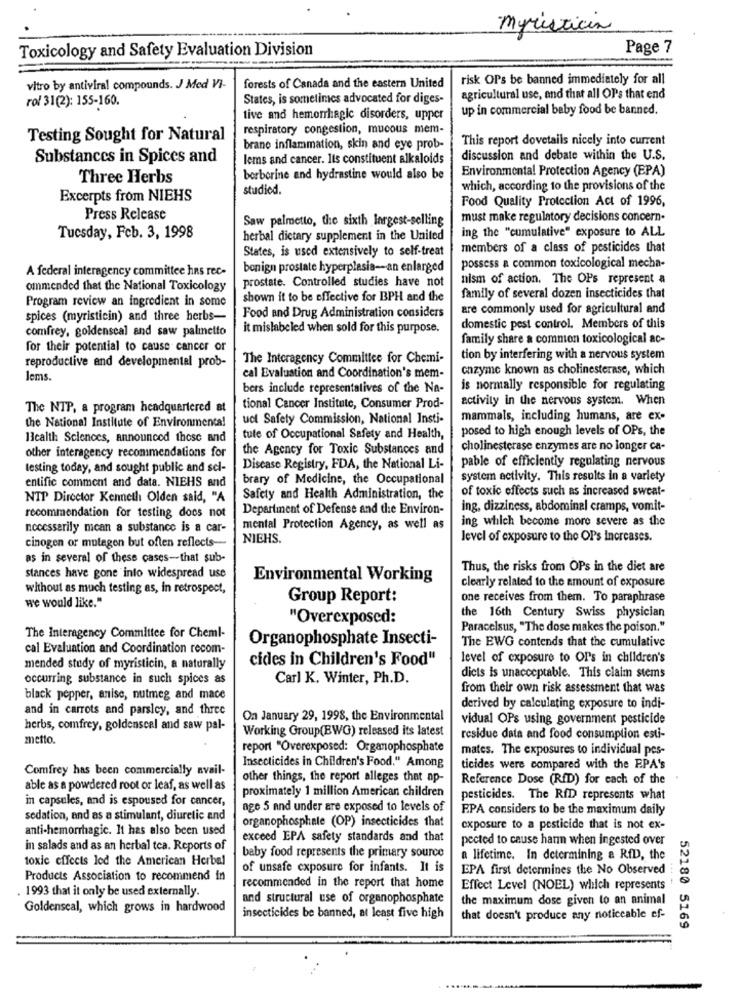
Myristica
Toxicology and Safety Evaluation Division
Page 7
risk OPs be banned immediately for all
vitro by antiviral compounds. J Med Vi-
forests of Canada and the eastern United
rol 31(2): 155-160.
States, is sometimes advocated for diges-
agricultural use, and that all OPs that end
up in commercial baby food be banned.
tive and hemorrhagic disorders, upper
respiratory congestion, mucous mem-
Testing Sought for Natural
This report dovetails nicely into current
brano inflammation, skin and eye prob-
Substances in Spices and
lems and cancer. Its constituent alkaloids
discussion and debate within the U.S.
Environmental Protection Agency (EPA)
Three Herbs
berberine and hydrastine would also be
studied.
which, according to the provisions of the
Excerpts from NIEHS
Food Quality Protection Act of 1996,
Press Release
Saw palmetto, the sixth largest-selling
must make regulatory decisions concern-
ing the "cumulative" exposure to ALL
Tuesday, Feb. 3, 1998
herbal dietary supplement in the United
States, is used extensively to self-treat
members of a class of pesticides that
A federal interagency committee has rec-
bonign prostate hyperplasia -- an enlarged
possess a common toxicological mecha-
prostate. Controlled studies have not
nism of action. The OPs represent a
ommended that the National Toxicology
Program review an ingredient in some
shown it to be effective for BPH and the
family of several dozen insecticides that
are commonly used for agricultural and
spices (myristicin) and three herbs-
Food and Drug Administration considers
comfrey, goldenseal and saw palmetto
it mislabeled when sold for this purpose.
domestic pest control. Members of this
family share a common toxicological ac-
for their potential to cause cancer or
reproductive and developmental prob-
The Interagency Committee for Chemi-
tion by interfering with a nervous system
enzyme known as cholinesterase, which
Jems.
cal Evaluation and Coordination's mem-
bers include representatives of the Na-
is normally responsible for regulating
activity in the nervous system. When
The NTP, a program headquartered at
tional Cancer Institute, Consumer Prod-
uct Safety Commission, National Insti-
mammals, including humans, are ex-
the National Institute of Environmental
posed to high enough levels of OPs, the
Health Sciences, announced these and
tute of Occupational Safety and Health,
other interagency recommendations for
the Agency for Toxic Substances and
cholinesterase enzymes are no longer ca-
testing today, and sought public and sel-
Disease Registry, FDA, the National Li-
pable of efficiently regulating nervous
entific comment and data. NIEHS and
brary of Medicine, the Occupational
system activity. This results in a variety
of toxic effects such as increased sweat-
NTP Director Kenneth Olden said, "A
Safety and Health Administration, the
Department of Defense and the Environ-
ing, dizziness, abdominal cramps, vomit-
recommendation for testing does not
ing which become more severe as the
necessarily mean a substance is a car-
mental Protection Agency, as well as
NIEHS.
level of exposure to the OPs Increases.
cinogen or mutagen but often reflects-
as in several of these cases-that sub-
Thus, the risks from OPs in the diet are
stances have gone into widespread use
Environmental Working
clearly related to the amount of exposure
without as much testing as, in retrospect,
we would like."
Group Report:
one receives from them. To paraphrase
"Overexposed:
the 16th Century Swiss physician
Paracelsus, "The dose makes the poison."
The Interagency Committee for Cheml-
Organophosphate Insecti-
The EWG contends that the cumulative
cal Evaluation and Coordination recom-
cides in Children's Food"
level of exposure to Ors in children's
mended study of myristicin, a naturally
occurring substance in such spices as
Carl K. Winter, Ph.D.
dicts is unacceptable. This claim stems
from their own risk assessment that was
black pepper, anise, nutmeg and mace
and in carrots and parsley, and three
derived by calculating exposure to indi-
On January 29, 1998, the Environmental
vidual OPs using government pesticide
herbs, comfrey, goldenscal and saw pal-
Working Group(BWG) released its latest
metto.
residue data and food consumption esti-
report "Overexposed: Organophosphate
mates. The exposures to individual pes-
Comfrey has been commercially avail-
Insecticides in Children's Food." Among
ticides were compared with the EPA's
other things, the report alleges that ap-
Reference Dose (RfD) for each of the
able as a powdered root or leaf, as well as
proximately 1 million American children
in capsules, and is espoused for cancer,
pesticides. The RfD represents what
age 5 and under are exposed to levels of
EPA considers to be the maximum daily
sedation, and as a stimulant, diuretic and
organophosphate (OP) insecticides that
anti-hemorrhagic. It has also been used
exposure to a pesticide that is not ex-
exceed EPA safety standards and that
pected to cause hann when ingested over
in salads and as an herbal tea. Reports of
toxic effects led the American Herbal
baby food represents the primary source
a lifetime. In determining & RfD, the
of unsafe exposure for infants. It is
EPA first determines the No Observed
Products Association to recommend in
. 1993 that it only be used externally
recommended in the report that home
Effect Level (NOEL) which represents
and structural use of organophosphate
the maximum dose given to an animal
Goldenseal, which grows in hardwood
insecticides be banned, at least five high
that doesn't produce any noticeable ef-
52180 5169